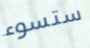
ستسوء